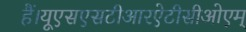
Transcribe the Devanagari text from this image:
हैं।यूएसएसटीआरऐटीसीओएम्